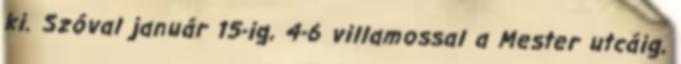
ki. Szóval január 15-ig, 4-6 villamossal a Mester utcáig,